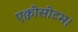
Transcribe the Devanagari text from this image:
एक्वीसीटम।